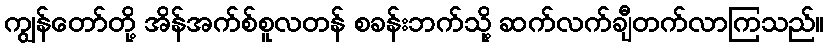
ကျွန်တော်တို့ အိန်အက်စ်စူလတန် စခန်းဘက်သို့ ဆက်လက်ချီတက်လာကြသည်။